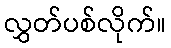
လွှတ်ပစ်လိုက်။